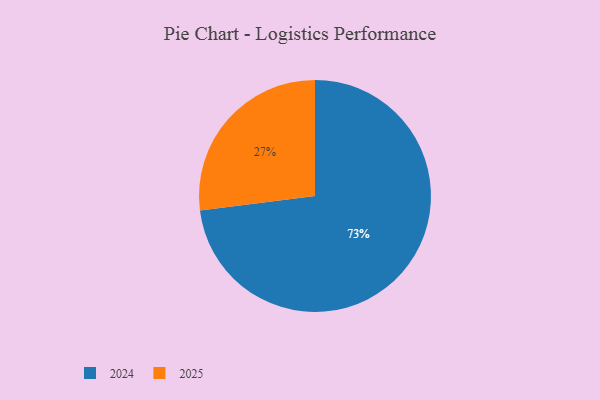
{"axis": {"x": "Category", "y": "Percentage"}, "legend": ["2024", "2025"], "data": [{"x": "2025", "y": 27, "type": "2025"}, {"x": "2024", "y": 73, "type": "2024"}]}